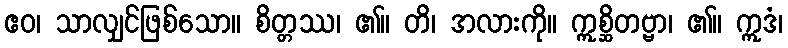
ဧဝ၊ သာလျှင်ဖြစ်သော။ စိတ္တဿ၊ ၏။ တိ၊ အလားကို။ ဣစ္ဆိတဗ္ဗာ၊ ၏။ ဣဒံ၊